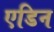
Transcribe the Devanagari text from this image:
एडिन